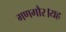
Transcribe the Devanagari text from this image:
गणगौर।यह